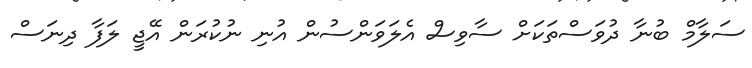
ސަލާމް ބުނާ ދުވަސްތަކަށް ސާވިސް އެލަވަންސުން އުނި ނުކުރަން އޭޖީ ލަފާ ދިނަސް